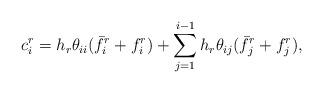
LaTeX: \begin{align*}c_i^r &= h_r\theta_{ii} (\bar{f}_i^r + f_i^r) + \sum_{j=1}^{i-1} h_r\theta_{ij} (\bar{f}_j^r + f_j^r),\end{align*}